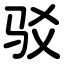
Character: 驳